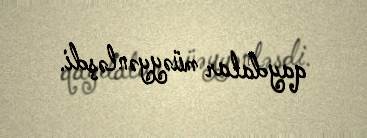
qaydalar müəyyənləşdi.